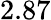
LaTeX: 2.87